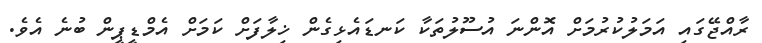
ރާއްޖޭގައި އަމަލުކުރުމަށް އޮންނަ އުސޫލުތަކާ ކަނޑައެޅިގެން ޚިލާފަށް ކަމަށް އެމްޑީޕީން ބުނެ އެވެ.